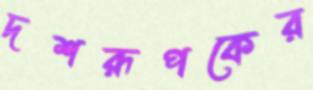
দশরূপকের